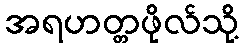
အရဟတ္တဖိုလ်သို့